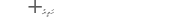
٢٩